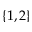
\{ 1 , 2 \}